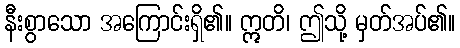
နီးစွာသော အကြောင်းရှိ၏။ ဣတိ၊ ဤသို့ မှတ်အပ်၏။